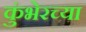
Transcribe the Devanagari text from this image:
कुंभेरच्या